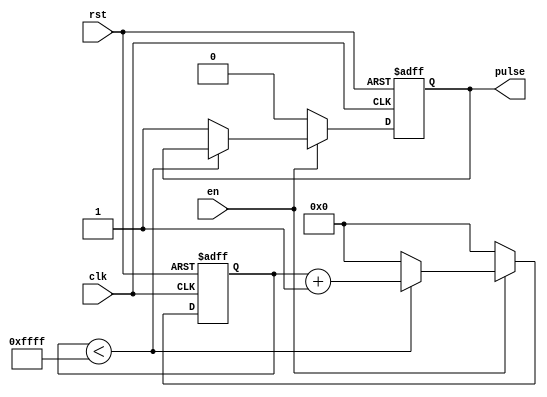
module periodic_timer (
  input wire clk,
  input wire rst,
  input wire en,
  output reg pulse
);

reg [15:0] counter;

always @(posedge clk or posedge rst) begin
  if (rst) begin
    counter <= 16'b0;
    pulse <= 1'b0;
  end else if (en) begin
    if (counter < 16'd65535) begin
      counter <= counter + 1;
    end else begin
      counter <= 16'b0;
      pulse <= 1'b1;
    end
  end else begin
    counter <= 16'b0;
    pulse <= 1'b0;
  end
end

endmodule